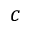
c